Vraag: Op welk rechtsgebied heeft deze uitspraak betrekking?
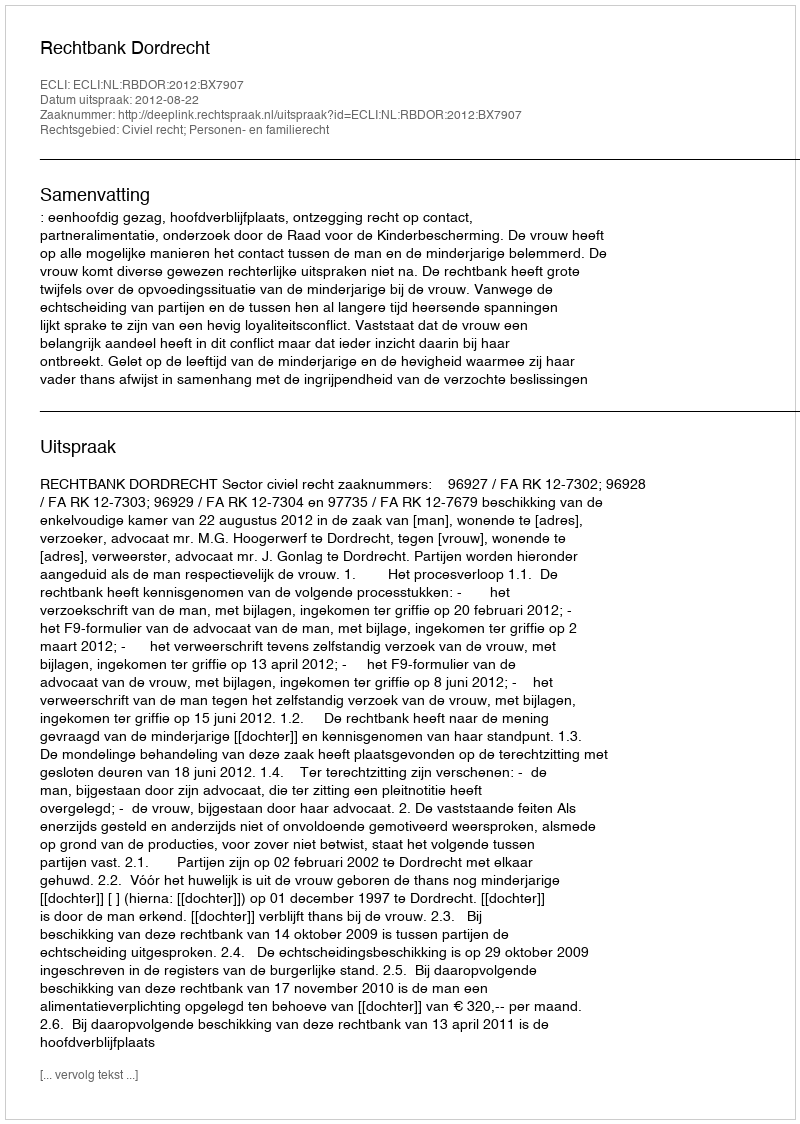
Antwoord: Civiel recht; Personen- en familierecht